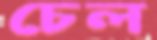
চেল